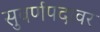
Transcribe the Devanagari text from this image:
सुवर्णपदावर